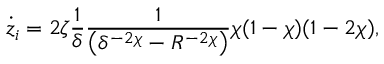
\dot { z } _ { i } = 2 \zeta \frac { 1 } { \delta } \frac { 1 } { \left( \delta ^ { - 2 \chi } - R ^ { - 2 \chi } \right) } \chi ( 1 - \chi ) ( 1 - 2 \chi ) ,